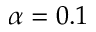
\alpha = 0 . 1